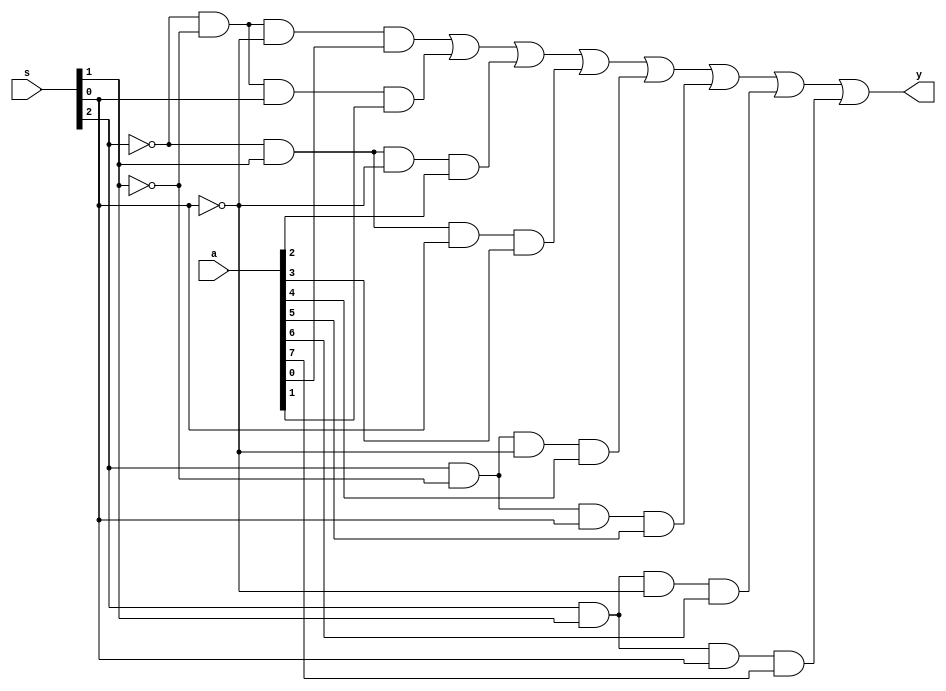
`timescale 1ns / 1ps

module MUX_8x1(
input [7:0] a,
input [2:0] s,
output y
    );
    wire w1,w0,w2;
    assign w2 = ~s[2];
    assign w1 = ~s[1];
    assign w0 = ~s[0];
    
    assign y = (w2&w1&w0&a[0])|(w2&w1&s[0]&a[1])|(w2&s[1]&w0&a[2])|(w2&s[1]&s[0]&a[3])|(s[2]&w1&w0&a[4])|(s[2]&w1&s[0]&a[5])|(s[2]&s[1]&w0&a[6])|(s[2]&s[1]&s[0]&a[7]);
    
endmodule